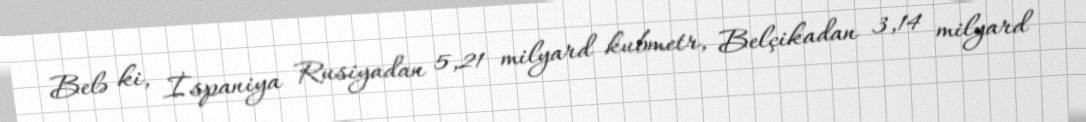
Belə ki, İspaniya Rusiyadan 5,21 milyard kubmetr, Belçikadan 3,14 milyard